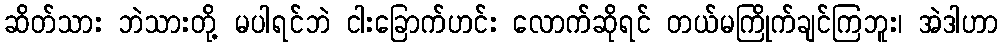
ဆိတ်သား ဘဲသားတို့ မပါရင်ဘဲ ငါးခြောက်ဟင်း လောက်ဆိုရင် တယ်မကြိုက်ချင်ကြဘူး၊ အဲဒါဟာ